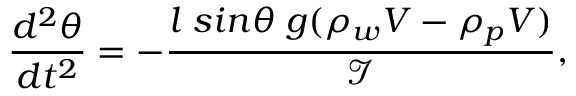
\frac { d ^ { 2 } \theta } { d t ^ { 2 } } = - \frac { l \; s i n \theta \; g ( \rho _ { w } V - \rho _ { p } V ) } { \mathcal { I } } ,